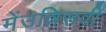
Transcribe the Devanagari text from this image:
मेंउन्निसवीं